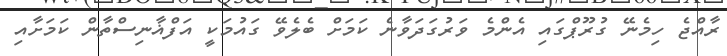
ރާއްޖެ ހިމެނޭ ގުރޫޕްގައި އެންމެ ވަރުގަދަވާނެ ކަމަށް ބެލެވޭ ގައުމަކީ އަފްޣާނިސްތާން ކަމަށާއި